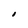
Character: I